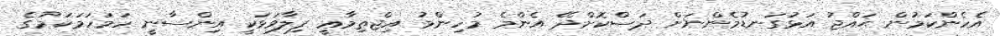
އެހެންކަމުން ޙައްޖު އަޅުގަނޑުމެންނަށް ދަސްކޮށްދޭ އެންމެ މުހިންމު އިޖްތިމާޢީ ފިލާވަޅަކީ އިންސާނީ ހަމަހަމަކަމުގެ